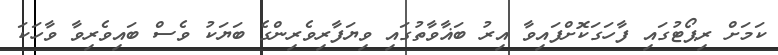
ކަމަށް ރިޕޯޓުގައި ފާހަގަކޮށްފައިވާ އިރު ބަޣާވާތުގައި ވިޔަފާރިވެރިންގެ ބަޔަކު ވެސް ބައިވެރިވާ ވާހަކަ